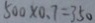
5 0 0 \times 0 . 7 = 3 5 0